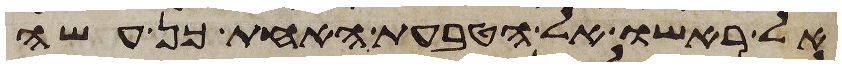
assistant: אל ראשו אל הטבעת האחת כן עשה